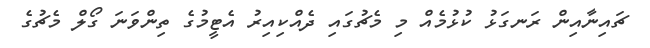
ޗައިނާއިން ރަނގަޅު ކުޅުމެއް މި މެޗުގައި ދެއްކިއިރު އެޓީމުގެ ތިންވަނަ ގޯލް މެޗުގެ